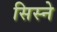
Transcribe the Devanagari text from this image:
सिस्ने